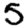
Digit: 5